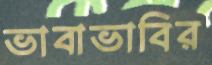
ভাবাভাবির